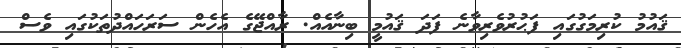
ޤައުމު ކުރިމަގުގައި ފަޙުރުވެރިވާނެ ފަދަ ޤައުމީ ބިނާއެެއް. ރާއްޖޭގެ އެހެން ސަރަހައްދުތަކުގައި ވެސް